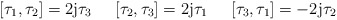
\begin{align*}[\tau_1,\tau_2]=2{\rm j} \tau_3 \hspace{6mm} [\tau_2,\tau_3]=2{\rm j} \tau_1 \hspace{6mm}[\tau_3,\tau_1]=-2{\rm j} \tau_2\end{align*}